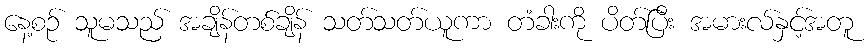
နေ့စဉ် သူမသည် အချိန်တစ်ချိန် သတ်သတ်ယူကာ တံခါးကို ပိတ်ပြီး အမားလ်နှင့်အတူ